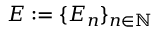
E : = \{ E _ { n } \} _ { n \in \mathbb { N } }